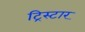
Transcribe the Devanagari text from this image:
ट्रिस्‍टार